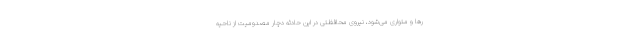
رها و متواری می‌شود، نیروی محافظتی در این حادثه دچار مصدومیت از ناحیه